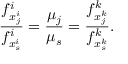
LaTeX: { \frac { f _ { x _ { j } ^ { i } } ^ { i } } { f _ { x _ { s } ^ { i } } ^ { i } } } = { \frac { \mu _ { j } } { \mu _ { s } } } = { \frac { f _ { x _ { j } ^ { k } } ^ { k } } { f _ { x _ { s } ^ { k } } ^ { k } } } .